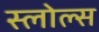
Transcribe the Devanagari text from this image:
स्लोल्स